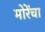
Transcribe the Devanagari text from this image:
मोरेंचा